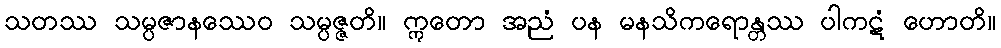
သတဿ သမ္ပဇာနဿေဝ သမ္ပဇ္ဇတိ။ ဣတော အညံ ပန မနသိကရောန္တဿ ပါကဋံ ဟောတိ။